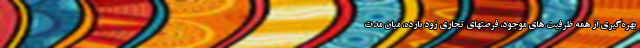
بهره‌گیری از همه ظرفیت های موجود، فرصتهای تجاری زود بازده، میان مدت